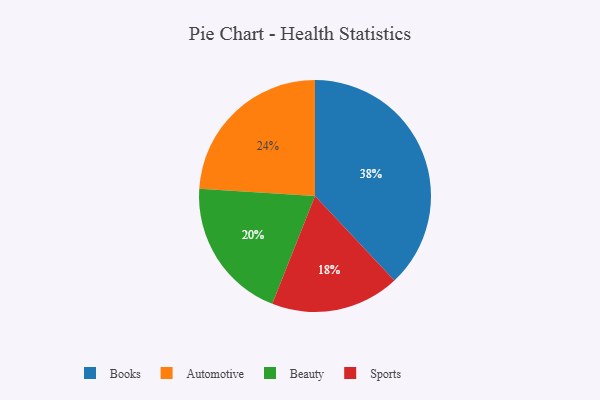
{"axis": {"x": "Category", "y": "Percentage"}, "legend": ["Automotive", "Beauty", "Books", "Sports"], "data": [{"x": "Automotive", "y": 24, "type": "Automotive"}, {"x": "Sports", "y": 18, "type": "Sports"}, {"x": "Books", "y": 38, "type": "Books"}, {"x": "Beauty", "y": 20, "type": "Beauty"}]}